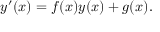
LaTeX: y ^ { \prime } ( x ) = f ( x ) y ( x ) + g ( x ) .